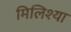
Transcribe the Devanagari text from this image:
मिलिश्या